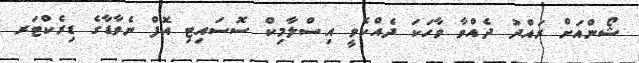
ޝޯންއަށް ރައްދު ދެއްވާ ވާހަކަ ދެއްކެވީ އިސްލާމިކް ސޮސައިޓި އޮފް ނެވާޑާގެ ޑިރެކްޓަރ